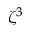
\zeta ^ { 3 }